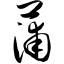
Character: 蒲